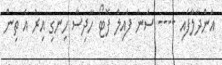
އަންދާލާފައި ---- ސަން ފައިލް ފޮޓޯ ހާދިސާ ހިނގި އިރު އެ ތިން